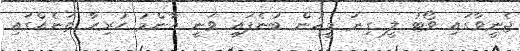
ޖެނީވާގައި ވޯޓު ލީ ގިނަ މީހުން ބުނެފައި ވަނީ އާންމު ހުރިހާ ތަނެއްގައި